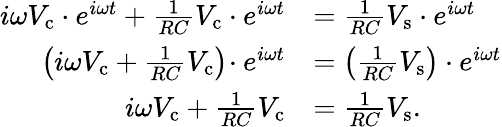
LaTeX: {\begin{array}{rl}{i\omega V_{\mathrm{c}}\cdot e^{i\omega t}+{\frac{1}{RC}}V_{\mathrm{c}}\cdot e^{i\omega t}}&{={\frac{1}{RC}}V_{\mathrm{s}}\cdot e^{i\omega t}}\\ {\left(i\omega V_{\mathrm{c}}+{\frac{1}{RC}}V_{\mathrm{c}}\right)\! \cdot e^{i\omega t}}&{=\left({\frac{1}{RC}}V_{\mathrm{s}}\right)\cdot e^{i\omega t}}\\ {i\omega V_{\mathrm{c}}+{\frac{1}{RC}}V_{\mathrm{c}}}&{={\frac{1}{RC}}V_{\mathrm{s}}.}\end{array}}